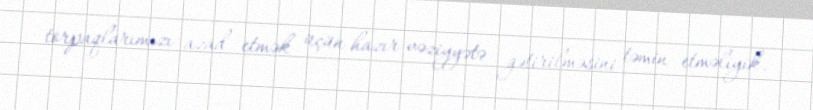
torpaqlarımızı azad etmək üçün hazır vəziyyətə gətirilməsini təmin etməliyik.